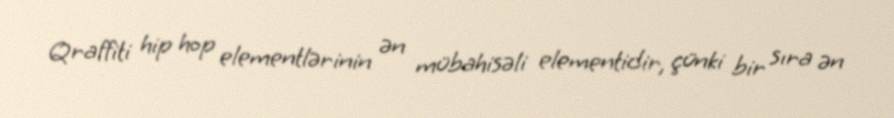
Qraffiti hip hop elementlərinin ən mübahisəli elementidir, çünki bir sıra ən